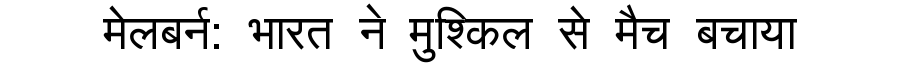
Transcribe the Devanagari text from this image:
मेलबर्न: भारत ने मुश्किल से मैच बचाया